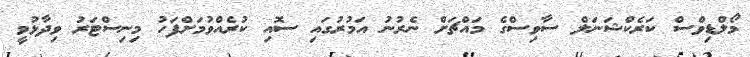
މޯލްޑިވްސް ކަރެކްޝަނަލް ސާވިސްގެ މައްޗަށް ނެރުނު އަމުރުގައި ސޮއި ކުރެއްވުމަށްފަހު މިނިސްޓަރު ވިދާޅުވީ